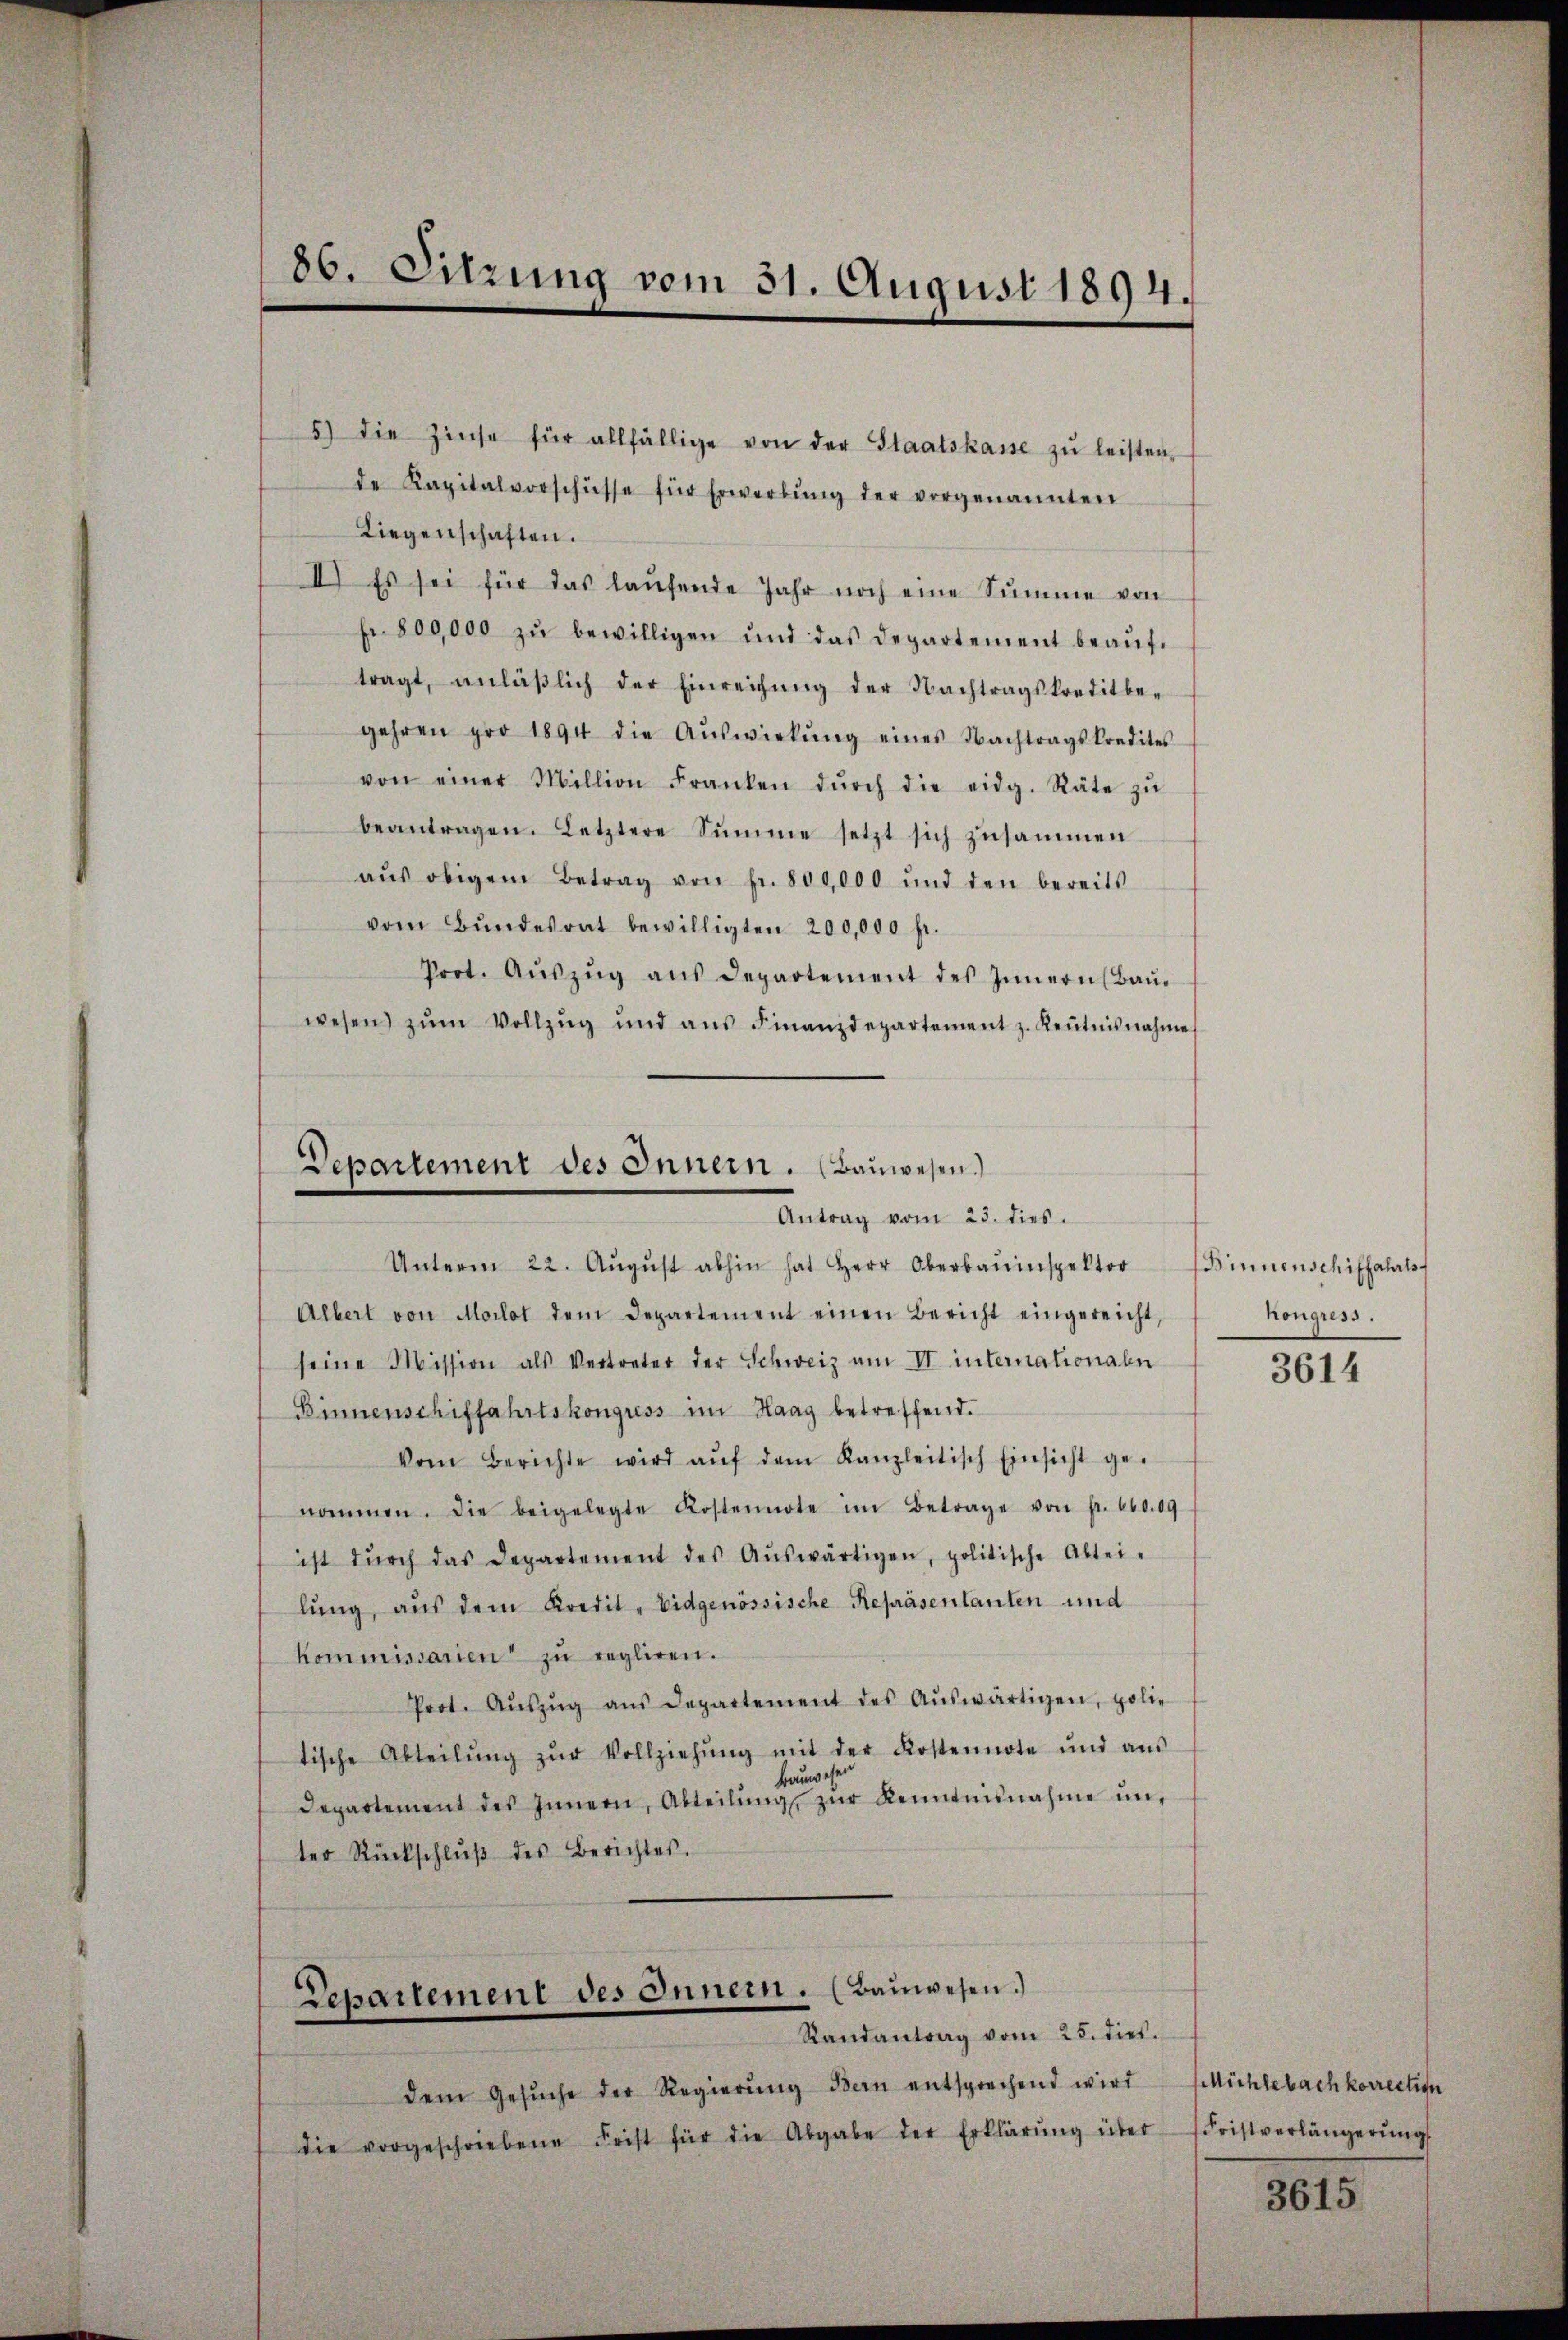
86. Sitzung vom 31. August 1894.

5) die Zinse für allfällige von der Staatskasse zŭ leisten,
de Kapitalvorschüsse für Erwerbŭng der vorgenannten
Liegenschaften.
I) Es sei für das laŭfende Jahr noch eine Summe von
fr. 800,000 zŭ bewilligen und das Departement beaŭf-
tragt, anläβlich der Einreichŭng der Nachtragskreditbegehren pro 1894 die Aŭswirkŭng eines Nachtragskredites
von einer Million Franken dŭrch die eidg. Räte zŭ
beantragen. Letztere Sŭmme setzt sich zusammen
aŭs obigem Betrag von fr. 800,000 und den bereits
vom Bŭndesrat bewilligten 200,000 fr.
Poot. Aŭszŭg aŭs Departement des Innern (Baŭe
wesen zŭm Vollzŭg und aŭs Finanzdepartement z. Keṅtnisnahme

Departement des Innern. (Bauwesen.)
Antrag vom 23. dies.

Unterm 22. Aŭgŭst abhin hat Herr Oberbauinspektor Sinnenschiffahls
Albert von Morlot dem Departement einen Bericht eingereicht,
seine Mission als Vertreter der Schweiz am VI internationalen
Binnenschiffahrtskongress im Haag betreffend.
Vom Berichte wird aŭf dem Kanzleitisch Einsicht ge-
nommen. Die beigelegte Kostennote im Betrage von fr. 600.09
ist dŭrch das Departement des Aŭswärtigen, politische Abtei-
lŭng, aus dem Kredit - Eidgenössische Repräsentanten und
kommissarien zŭ regliren.
Prot. Aŭszŭg aŭs Departement des Aŭswärtigen, polie
tische Abteilŭng zŭr Vollziehŭng mit der Kostennote und aŭs
Bauwesen
Departement des Innern, Abteilŭng zŭr Kenntnisnahme unter Rückschlŭβ des Berichtes.

Repartement des Innern. (Bauwesen.)
Randantrag vom 25. dies

dem Gesŭche der Regierŭng dern entsprechend wird fühlebach korrection
die vorgeschriebene Frist für die Abgabe der Erklärŭng über Fristverlängerŭng

hongress.

3614

3615